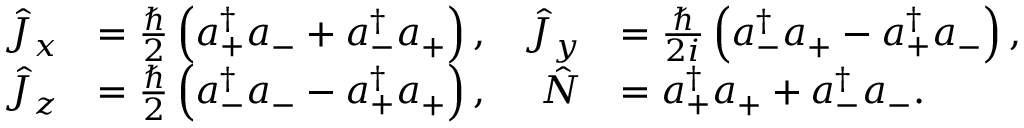
\begin{array} { r l r l } { \hat { J } _ { x } } & { = \frac { \hbar } { 2 } \left( a _ { + } ^ { \dagger } a _ { - } + a _ { - } ^ { \dagger } a _ { + } \right) , } & { \hat { J } _ { y } } & { = \frac { \hbar } { 2 i } \left( a _ { - } ^ { \dagger } a _ { + } - a _ { + } ^ { \dagger } a _ { - } \right) , } \\ { \hat { J } _ { z } } & { = \frac { \hbar } { 2 } \left( a _ { - } ^ { \dagger } a _ { - } - a _ { + } ^ { \dagger } a _ { + } \right) , } & { \hat { N } } & { = a _ { + } ^ { \dagger } a _ { + } + a _ { - } ^ { \dagger } a _ { - } . } \end{array}